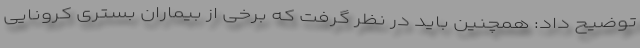
توضیح داد: همچنین باید در نظر گرفت که برخی از بیماران بستری کرونایی